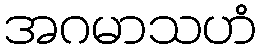
အဂမာသဟံ